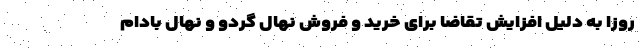
روزا به دلیل افزایش تقاضا برای خرید و فروش نهال گردو و نهال بادام